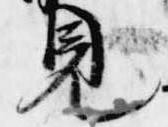
見